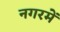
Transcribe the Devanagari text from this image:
नगरमें